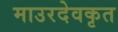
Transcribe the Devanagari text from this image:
माउरदेवकृत